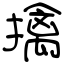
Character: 擒